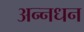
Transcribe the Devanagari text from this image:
अन्‍नधन